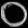
Digit: ၀